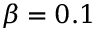
\beta = 0 . 1